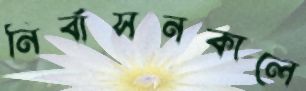
নির্বাসনকালে